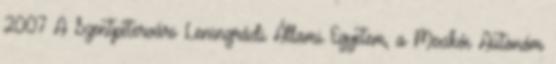
2007 A Szentpétervári Leningrádi Állami Egyetem, a Mexikói Autonóm